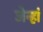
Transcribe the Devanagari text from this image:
जेन्हां